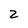
Character: 2